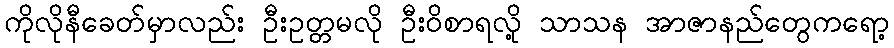
ကိုလိုနီခေတ်မှာလည်း ဦးဥတ္တမလို ဦးဝိစာရလို့ သာသန အာဇာနည်တွေကရော့